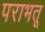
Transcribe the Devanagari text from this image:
पराभतू